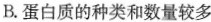
B. 蛋白质的种类和数量较多